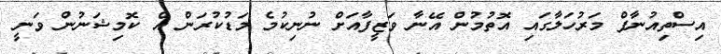
އިސްތިއުނާފް މަރުހަލާގައި އޮތުމުން އޭނާ ވަޒީފާއަށް ނުނިކުމެ މަޑުކުރަން އެ ކޮމިޝަނުން ވަނީ